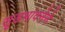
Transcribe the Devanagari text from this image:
सूडभावनेने